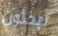
تبحثون